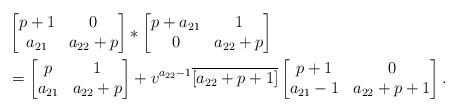
LaTeX: \begin{align*}& \begin{bmatrix} p +1 & 0 \\a_{21} & a_{22}+p\end{bmatrix}*\begin{bmatrix}p +a_{21} & 1 \\ 0 & a_{22} +p\end{bmatrix}\\&=\begin{bmatrix} p & 1 \\a_{21} & a_{22}+p\end{bmatrix}+ v^{a_{22} -1} \overline{[a_{22}+p+1]}\begin{bmatrix} p +1 & 0 \\a_{21}-1 & a_{22}+p+1\end{bmatrix}.\end{align*}